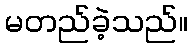
မတည်ခဲ့သည်။